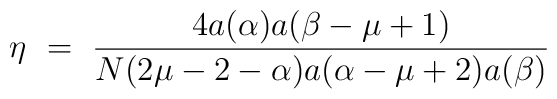
\eta ~=~ \frac{4a(\alpha)a(\beta-\mu+1)}{N(2\mu-2-\alpha)a(\alpha-\mu+2) a(\beta)}